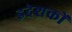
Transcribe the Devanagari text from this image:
इदेशकों